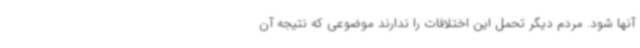
آنها شود. مردم دیگر تحمل این اختلافات را ندارند موضوعی که نتیجه آن